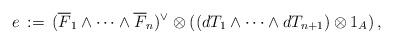
LaTeX: \begin{align*}e \,:=\, (\overline{F}_1 \wedge \cdots \wedge \overline{F}_n)^{\vee} \otimes \left((d T_1 \wedge \cdots \wedge d T_{n+1}) \otimes 1_A\right),\end{align*}